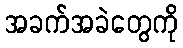
အခက်အခဲတွေကို